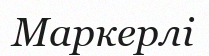
Маркерлі